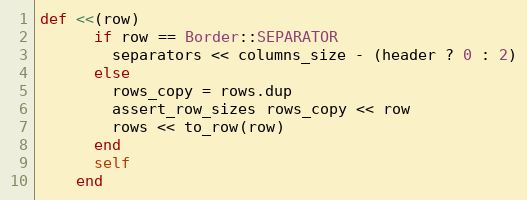
Language: Ruby
def <<(row)
      if row == Border::SEPARATOR
        separators << columns_size - (header ? 0 : 2)
      else
        rows_copy = rows.dup
        assert_row_sizes rows_copy << row
        rows << to_row(row)
      end
      self
    end